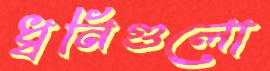
ধ্বনিগুলো